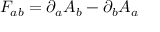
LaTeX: F _ { a b } = \partial _ { a } A _ { b } - \partial _ { b } A _ { a }